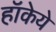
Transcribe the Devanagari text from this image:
हॉकेये